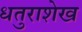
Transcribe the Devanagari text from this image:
धतुराशेख